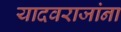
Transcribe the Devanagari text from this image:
यादवराजांना